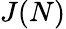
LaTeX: J(N)